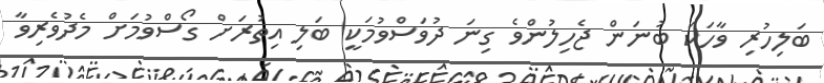
ބަލިހުރި ވާހަކަ ބުނަން ޖެހިލުންވެ ގިނަ ދުވަސްވުމަކީ ބަލި އިތުރަށް ގޯސްވުމަށް މެދުވެރިވާ